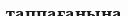
таппағанына